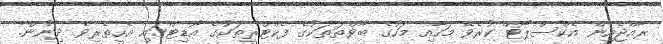
ރާއްޖެއިން އެކްސްޕޯޓް ކުރެވޭ މަހާއި މަހުގެ ބާވްތަތަކުގެ ފެކްޓްރީތަކުގެ އޯޑިޓްގައި އެހީތެރިވެ ދިނުން.